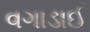
વગાડાઈ